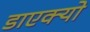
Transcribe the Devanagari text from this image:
डाएक्यो